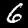
Digit: 6